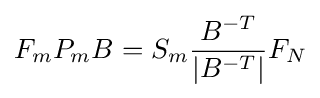
F_{m}P_{m}B=S_{m}{\frac {B^{-T}}{|B^{-T}|}}F_{N}